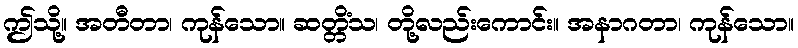
ဤသို့။ အတီတာ၊ ကုန်သော။ ဆတ္တိံသ၊ တို့လည်းကောင်း။ အနာဂတာ၊ ကုန်သော။